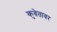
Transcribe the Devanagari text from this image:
कुवेतावर